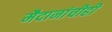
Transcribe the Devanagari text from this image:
मैदानांचीही